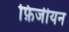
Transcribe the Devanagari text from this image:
फ़िजीयन